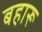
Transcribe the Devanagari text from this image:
बहारू